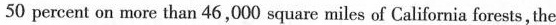
50 percent on more than 46,000 square miles of California forests,the